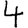
Digit: 4